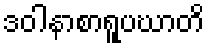
ဒဝါနာစာရူပဃာတိ